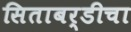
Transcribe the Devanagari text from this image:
सिताबर्डीचा